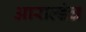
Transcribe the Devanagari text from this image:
आराल्डंच